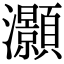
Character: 灝